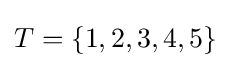
T=\{1,2,3,4,5\}